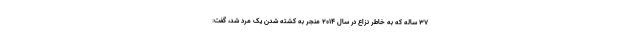
٣٧ ساله که به خاطر نزاع در سال ٢٠١۴ منجر به کشته شدن یک مرد شد، گفت: